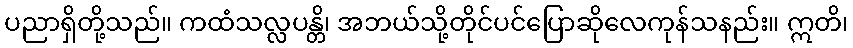
ပညာရှိတို့သည်။ ကထံသလ္လပန္တိ၊ အဘယ်သို့တိုင်ပင်ပြောဆိုလေကုန်သနည်း။ ဣတိ၊